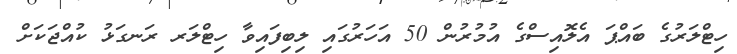
ހިޓްލަރުގެ ބައްޕަ އެލޮއިސްގެ އުމުރުން 50 އަހަރުގައި ލިބިފައިވާ ހިޓްލަރ ރަނގަޅު ކުއްޖަކަށް